Subject: physics
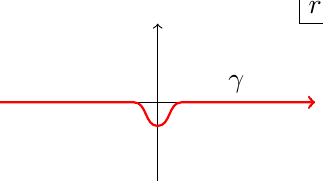
LaTeX code:
    \begin{tikzpicture}
\draw[->](-2,0)--(2,0);
\draw[->](0,-1)--(0,1);
\draw[red,thick,->](-2,-0)--(-0.3,-0)to[out=0,in=180](0,-0.3)to[out=0,in=180](0.3,-0)--(2,0);
\draw(1.8,1)--(2.1,1);
\draw(1.8,1)--(1.8,1.3);
\draw(2,1)node[above]{$r$};
\draw(1,0)node[above]{$\gamma$};
\end{tikzpicture}